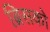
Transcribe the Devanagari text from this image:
ब्रिसको